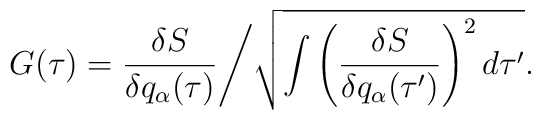
G(\tau) = \frac{\delta S}{\delta q_\alpha(\tau)}\Biggl/\sqrt{\int\left(\frac{\delta S}{\delta q_\alpha(\tau')} \right)^2 d\tau'}.